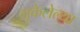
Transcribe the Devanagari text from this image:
भूकेलेल्या